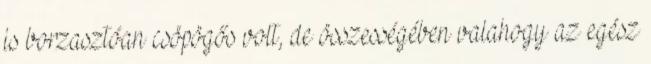
is borzasztóan csöpögős volt, de összességében valahogy az egész